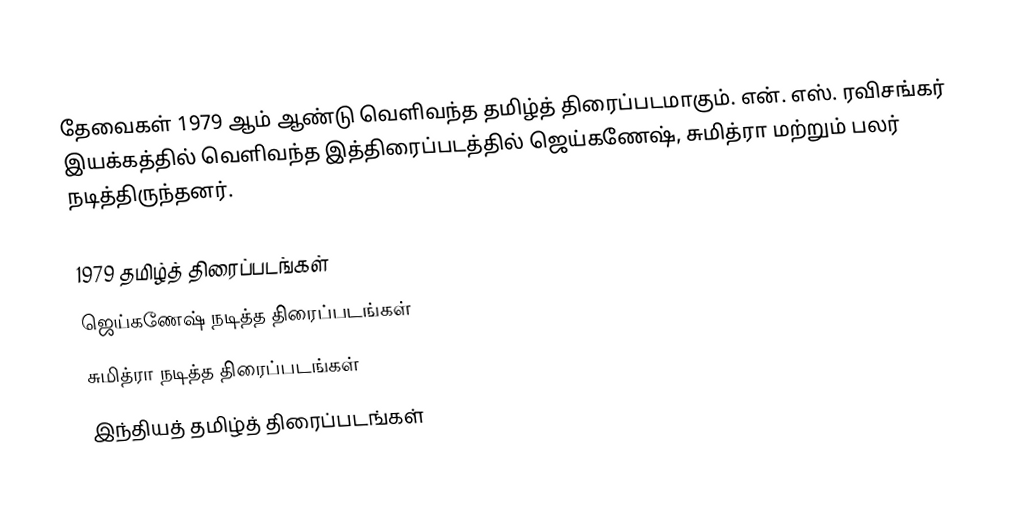
தேவைகள் 1979 ஆம் ஆண்டு வெளிவந்த தமிழ்த் திரைப்படமாகும். என். எஸ். ரவிசங்கர் இயக்கத்தில் வெளிவந்த இத்திரைப்படத்தில் ஜெய்கணேஷ், சுமித்ரா மற்றும் பலர் நடித்திருந்தனர்.

1979 தமிழ்த் திரைப்படங்கள்
ஜெய்கணேஷ் நடித்த திரைப்படங்கள்
சுமித்ரா நடித்த திரைப்படங்கள்
இந்தியத் தமிழ்த் திரைப்படங்கள்